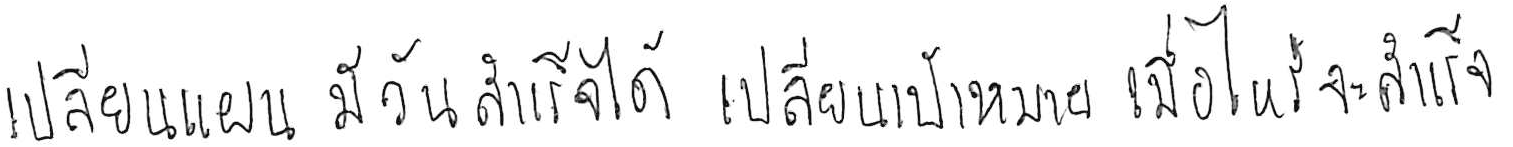
เปลี่ยนแผน มีวันสำเร็จได้ เปลี่ยนเป้าหมาย เมื่อไหร่จะสำเร็จ